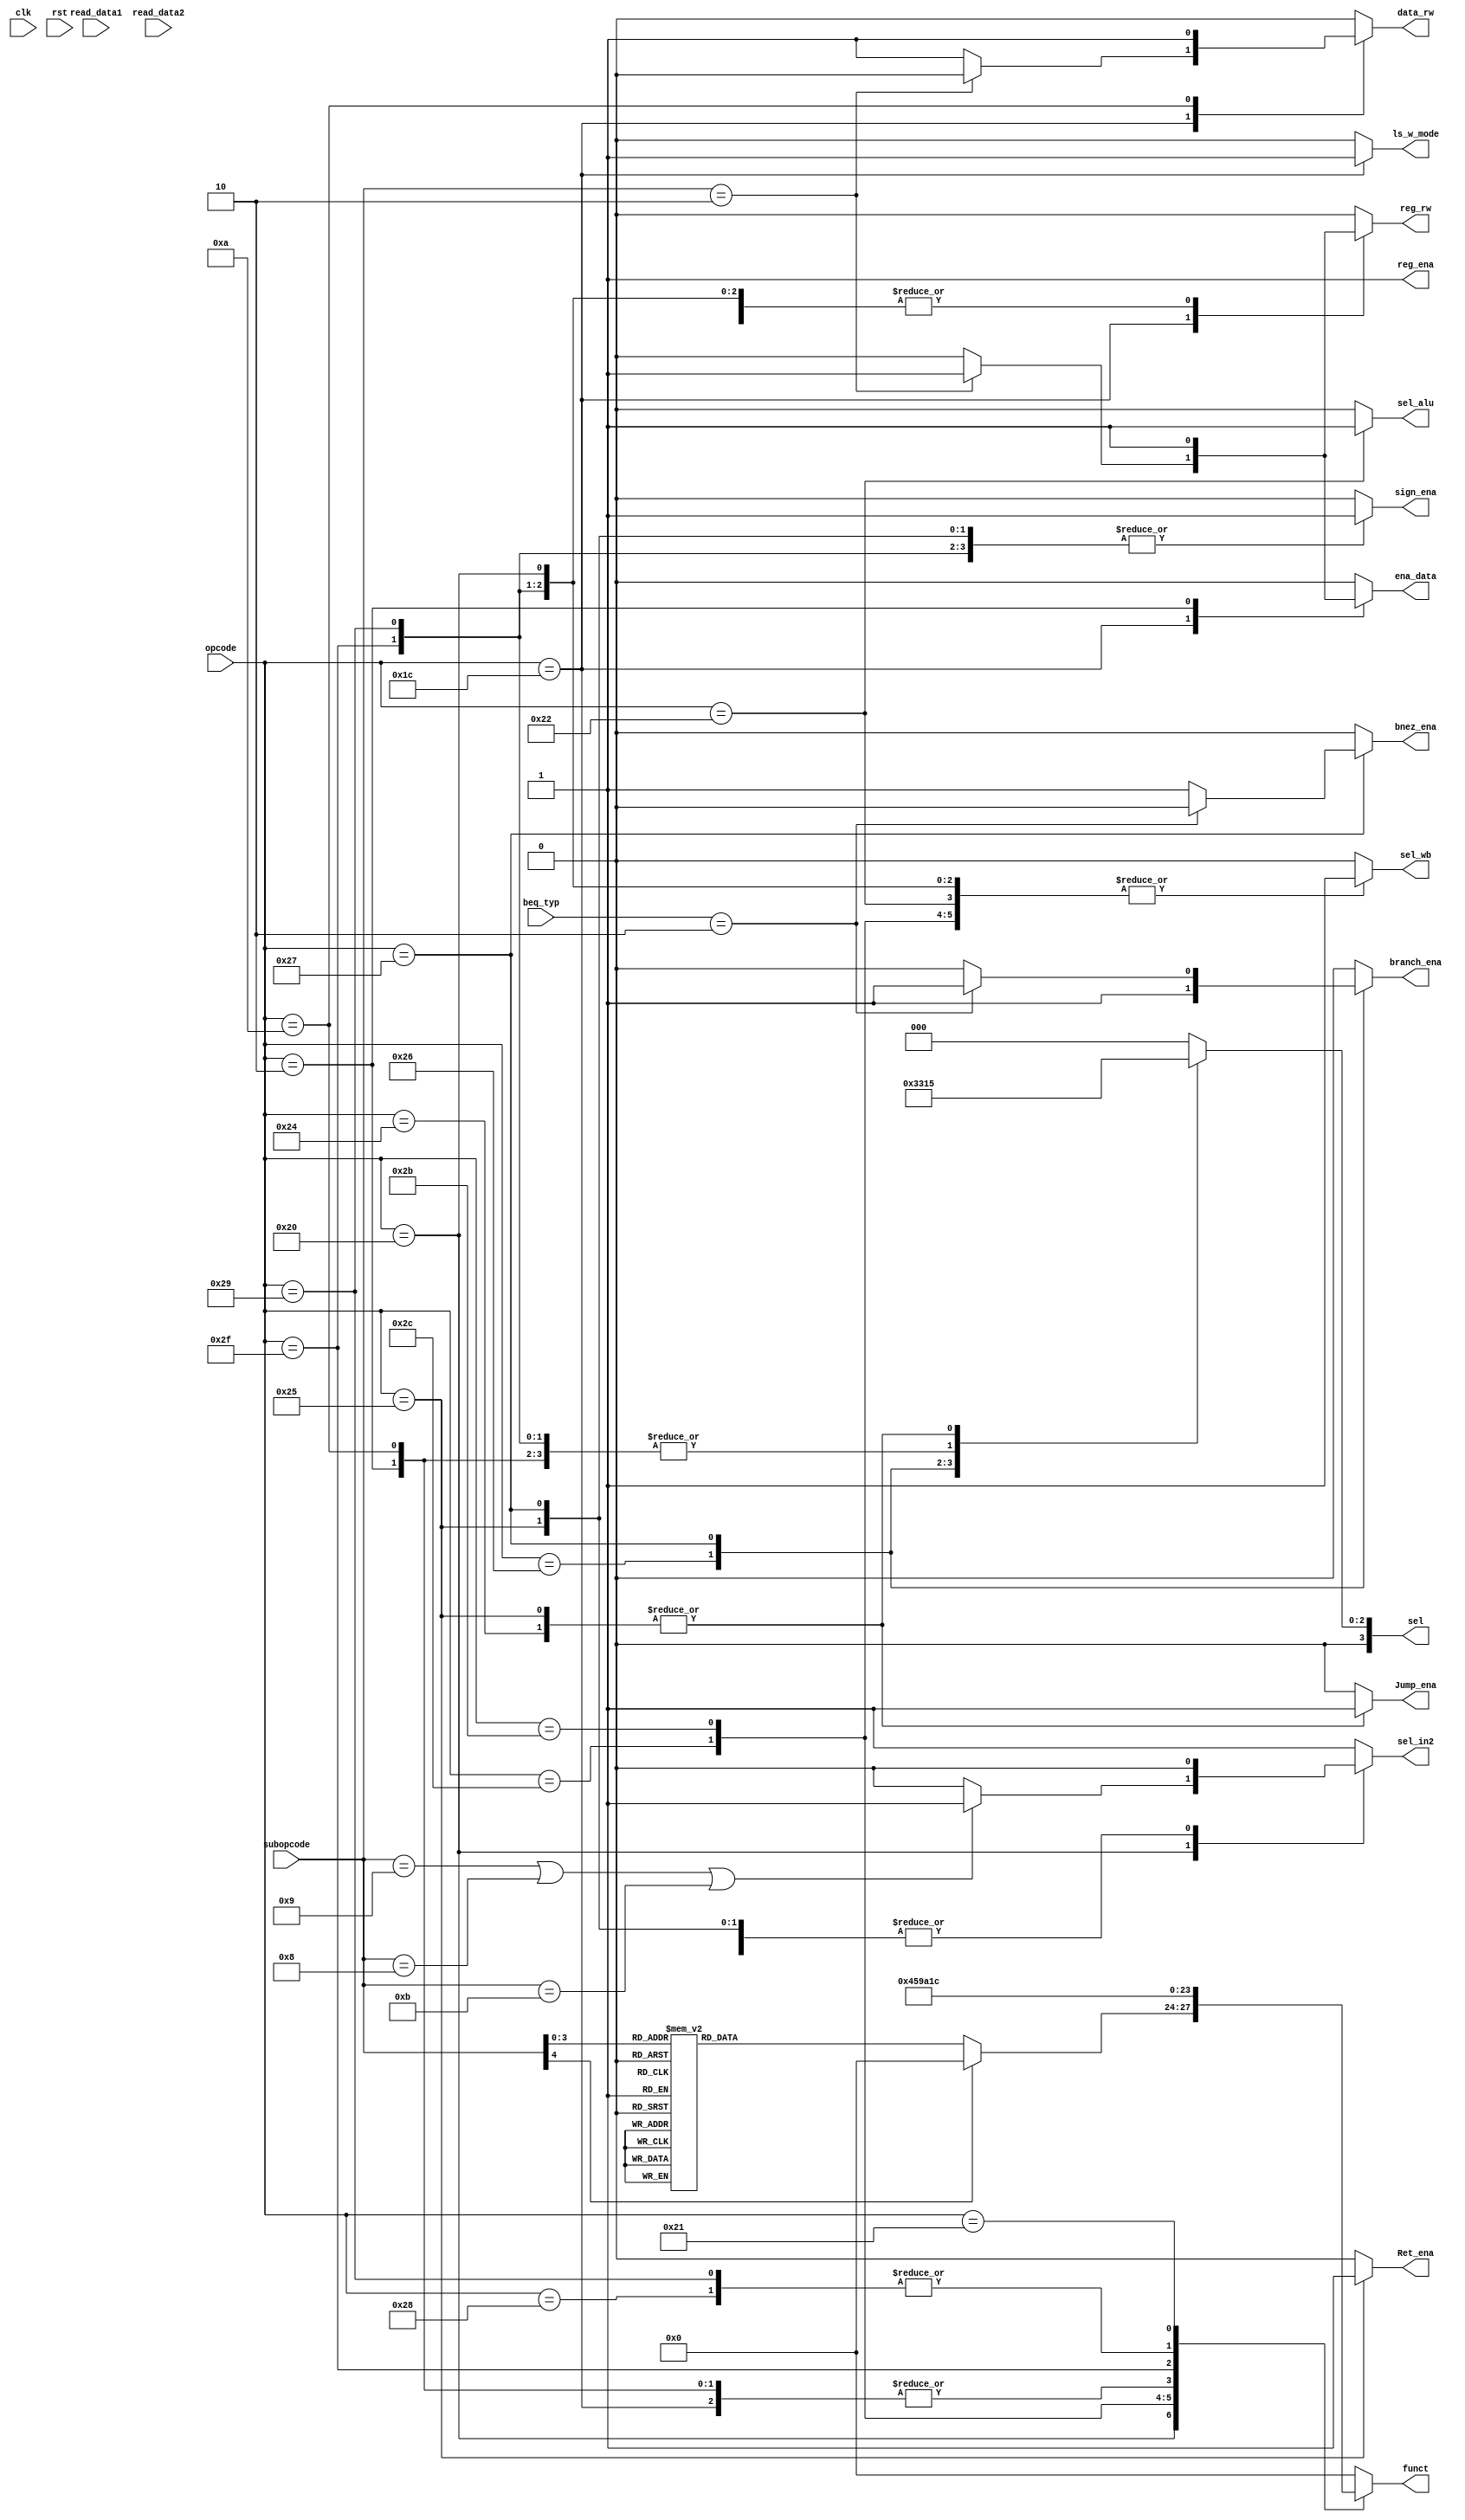
`timescale 1ns/10ps

`define ADD 	5'b00000
`define SUB 	5'b00001
`define AND 	5'b00010
`define OR 		5'b00100
`define XOR 	5'b00011
`define SRLI 	5'b01001
`define SLLI 	5'b01000
`define ROTRI 	5'b01011
`define SLT		5'b00111

`define STD 	6'b100000
`define ADDI 	6'b101000
`define ORI 	6'b101100
`define XORI 	6'b101011
`define LWI 	6'b000010
`define SWI 	6'b001010

`define MOVI 	6'b100010

`define LSW		6'b011100

`define BEQ		6'b100110
`define J		6'b100100
/////////////////////////////////////////////
`define SLTSI	6'b101111
`define BEQN	6'b100111
`define SUBRI	6'b101001
`define	MUL		6'b100001
`define	RET		6'b100101
//////////////////////////////////////////////
`define	BEQZ	4'b0010
`define	BNEZ	4'b0011

module CONTROLLER(reg_ena, funct, ls_w_mode, sign_ena 
					, sel_in2, ena_data, data_rw, sel_wb, reg_rw, sel, opcode, subopcode, read_data1, read_data2
					, clk, rst, sel_alu, branch_ena, Jump_ena, Ret_ena, beq_typ, bnez_ena);

input clk;			
input rst;
input [31:0] read_data1;
input [31:0] read_data2;
input [5:0] opcode;
input [4:0] subopcode;
input [3:0]	beq_typ;

output reg sel_alu;
output reg	[3:0] funct;
output reg	reg_ena;
output reg	ls_w_mode;
output reg	sel_in2;
output reg	ena_data;
output reg	data_rw;
output reg	sel_wb;
output reg	reg_rw;
output reg	sign_ena;


output reg	[3:0] sel;


output reg branch_ena;
output reg Jump_ena;
output reg Ret_ena;	
output reg bnez_ena;


always @ (opcode or subopcode)
begin
	reg_ena = 1;
	case(opcode)
	`STD	:	begin
				ls_w_mode = 0;
				branch_ena = 0;
				Jump_ena = 0;
					if (subopcode == `SRLI	||	subopcode == `SLLI	||	subopcode == `ROTRI)
					sel_in2 = 1;
					else sel_in2 = 0;
				ena_data = 0;
				data_rw =0;
				sel_wb = 1;
				reg_rw = 1;
				sign_ena = 0;
				sel_alu = 0;
					case(subopcode)
						`ADD: 	funct = 4'd1;
						`SUB: 	funct = 4'd2;
						`AND: 	funct = 4'd3;
						`OR: 	funct = 4'd4;
						`XOR: 	funct = 4'd5;
						`SRLI: 	funct = 4'd6;
						`SLLI: 	funct = 4'd7;
						`ROTRI: funct = 4'd8;
						`SLT:	funct = 4'd10;
						default:funct = 4'd0;
					endcase
				sel = 4'd0;
				Ret_ena = 0;
				bnez_ena = 0;
				end
					
	`ADDI	:	begin
				ls_w_mode = 0;
				sel_in2 = 1;
				ena_data = 0;
				data_rw =0;
				sel_wb = 1;
				reg_rw = 1;
				sign_ena = 1;
				funct = 4'd1;
				sel = 4'd2;
				sel_alu = 0;
				branch_ena = 0;
				Jump_ena = 0;
				Ret_ena = 0;
				bnez_ena = 0;
				end
			
	`ORI	:	begin
				ls_w_mode = 0;
				sel_in2 = 1;
				ena_data = 0;
				data_rw =0;
				sel_wb = 1;
				reg_rw = 1;
				sign_ena = 0;
				funct = 4'd4;
				sel = 4'd2;
				sel_alu = 0;
				branch_ena = 0;
				Jump_ena = 0;
				Ret_ena = 0;
				bnez_ena = 0;
				end		
				
	`XORI	:	begin
				ls_w_mode = 0;
				sel_in2 = 1;
				ena_data = 0;
				data_rw =0;
				sel_wb = 1;
				reg_rw = 1;
				sign_ena = 0;
				funct = 4'd5;
				sel = 4'd2;
				sel_alu = 0;
				branch_ena = 0;
				Jump_ena = 0;
				Ret_ena = 0;
				bnez_ena = 0;
				end	
				
	`MOVI	:	begin
				ls_w_mode = 0;
				sel_in2 = 0;
				ena_data = 0;
				data_rw = 0;
				sel_wb = 1;
				reg_rw = 1;
				sign_ena = 1;
				funct = 4'd0;
				sel = 4'd3;
				sel_alu = 1;
				branch_ena = 0;
				Jump_ena = 0;
				Ret_ena = 0;
				bnez_ena = 0;
				end
	
	`BEQ	:	begin
				ls_w_mode = 0;
				sel_in2 = 0;
				ena_data = 0;
				data_rw = 0;
				sel_wb = 0;
				reg_rw = 0;
				sign_ena = 1;
				funct = 4'd0;
				sel = 4'd1;
				sel_alu = 0;
				branch_ena = 1;
				Jump_ena = 0;
				Ret_ena = 0;
				bnez_ena = 0;
				end
	
	`J		:	begin
				ls_w_mode = 0;
				sel_in2 = 0;
				ena_data = 0;
				data_rw = 0;
				sel_wb = 0;
				reg_rw = 0;
				sign_ena = 1;
				funct = 4'd0;
				sel = 4'd5;	
				sel_alu = 0;	
				branch_ena = 0;
				Jump_ena = 1;
				Ret_ena = 0;
				bnez_ena = 0;
				end
	
	`LSW    :	begin
				ls_w_mode = 1;
				sel_in2 = 0;
				sign_ena = 0;
				sel = 4'd0;	
				funct = 4'd9;
				sel_alu = 0;
				branch_ena = 0;
				Jump_ena = 0;
				Ret_ena = 0;
				bnez_ena = 0;
				if (subopcode==5'b00010) begin//LW
					ena_data = 1;
				    data_rw = 0;
					sel_wb = 0;
					reg_rw = 1;
				end
				else begin					//SW
					ena_data = 0;
				    data_rw = 1;
					sel_wb = 0;
					reg_rw = 0;
				end
				end

	`LWI	:	begin
				ls_w_mode = 0;
				sel_in2 = 1;
				ena_data = 1;
				data_rw = 0;
				sel_wb = 0;
				reg_rw = 1;
				sign_ena = 0;
				funct = 4'd9;
				sel = 4'd2;	
				sel_alu = 0;
				branch_ena = 0;
				Jump_ena = 0;
				Ret_ena = 0;
				bnez_ena = 0;
				end
						
	`SWI	:	begin
				ls_w_mode = 0;
				sel_in2 = 1;
				ena_data = 0;
				data_rw = 1;
				sel_wb = 0;
				reg_rw = 0;
				sign_ena = 0;
				funct = 4'd9;
				sel = 4'd2;	
				sel_alu = 0;
				branch_ena = 0;
				Jump_ena = 0;
				Ret_ena = 0;
				bnez_ena = 0;
				end
	`SLTSI	:	begin
				ls_w_mode = 0;
				sel_in2 = 1;
				ena_data = 0;
				data_rw = 0;
				sel_wb = 1;
				reg_rw = 1;
				sign_ena = 1;
				funct = 4'd10;
				sel = 4'd2;	
				sel_alu = 0;
				branch_ena = 0;
				Jump_ena = 0;
				Ret_ena = 0;
				bnez_ena = 0;
				end
	`BEQN	:	begin
				ls_w_mode = 0;
				sel_in2 = 0;
				ena_data = 0;
				data_rw = 0;
				sel_wb = 0;
				reg_rw = 0;
				sign_ena = 1;
				funct = 4'd0;
				sel = 4'd4;	
				sel_alu = 0;
				if (beq_typ==4'b0010) begin//BEQZ
					branch_ena = 1;
					bnez_ena = 0;
				end
				else begin					//BNEZ
					branch_ena = 0;
					bnez_ena = 1;
				end
				Jump_ena = 0;
				Ret_ena = 0;
				end	
	`SUBRI	:	begin
				ls_w_mode = 0;
				sel_in2 = 1;		//1:ext   0:in2
				ena_data = 0;
				data_rw =0;
				sel_wb = 1;			//1:alu		0:mem
				reg_rw = 1;
				sign_ena = 1;
				funct = 4'd1;
				sel = 4'd2;
				sel_alu = 0;
				branch_ena = 0;
				Jump_ena = 0;
				Ret_ena = 0;
				bnez_ena = 0;
				end
	`MUL	:	begin
				ls_w_mode = 0;
				sel_in2 = 0;
				ena_data = 0;
				data_rw =0;
				sel_wb = 1;
				reg_rw = 1;
				sign_ena = 0;
				funct = 4'd12;
				sel = 4'd0;
				sel_alu = 0;
				branch_ena = 0;
				Jump_ena = 0;
				Ret_ena = 0;
				bnez_ena = 0;
				end
	`RET	:	begin
				ls_w_mode = 0;
				sel_in2 = 0;
				ena_data = 0;
				data_rw = 0;
				sel_wb = 0;
				reg_rw = 0;
				sign_ena = 1;
				funct = 4'd0;
				sel = 4'd5;	
				sel_alu = 0;	
				branch_ena = 0;
				Jump_ena = 1;
				Ret_ena = 1;
				bnez_ena = 0;
				end
	default	:	begin
				ls_w_mode = 0;
				sel_in2 = 1;
				ena_data = 0;
				data_rw = 0;
				sel_wb = 0;
				reg_rw = 0;
				sign_ena = 0;
				funct = 4'd0;
				sel = 4'd0;	
				sel_alu = 0;
				branch_ena = 0;
				Jump_ena = 0;
				Ret_ena = 0;
				bnez_ena = 0;
				end	
	endcase
end

endmodule